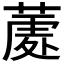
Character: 𮐣